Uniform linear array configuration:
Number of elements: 12
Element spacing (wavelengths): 1
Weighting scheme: exponential
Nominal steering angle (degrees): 30
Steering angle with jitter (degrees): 30.611
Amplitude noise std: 0.05
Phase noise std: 0.05

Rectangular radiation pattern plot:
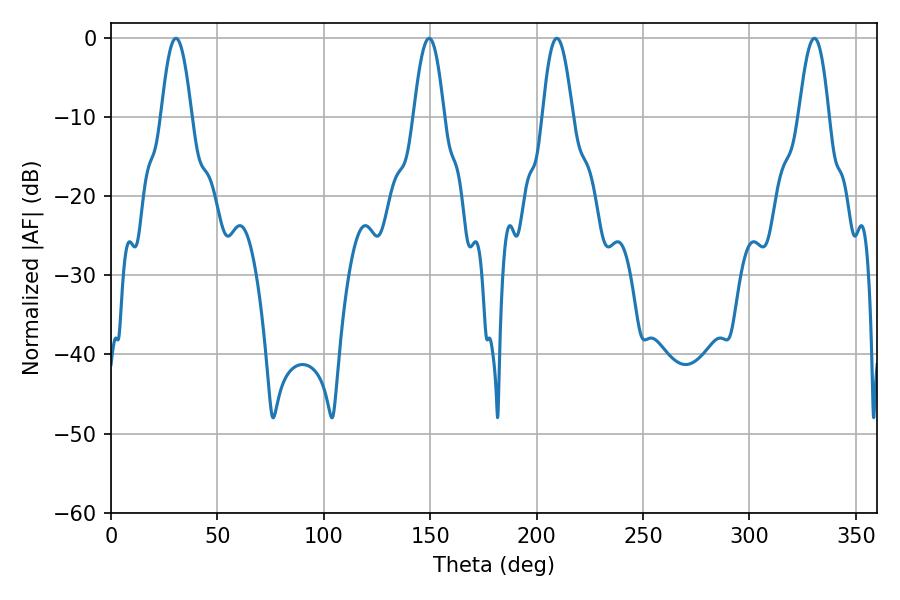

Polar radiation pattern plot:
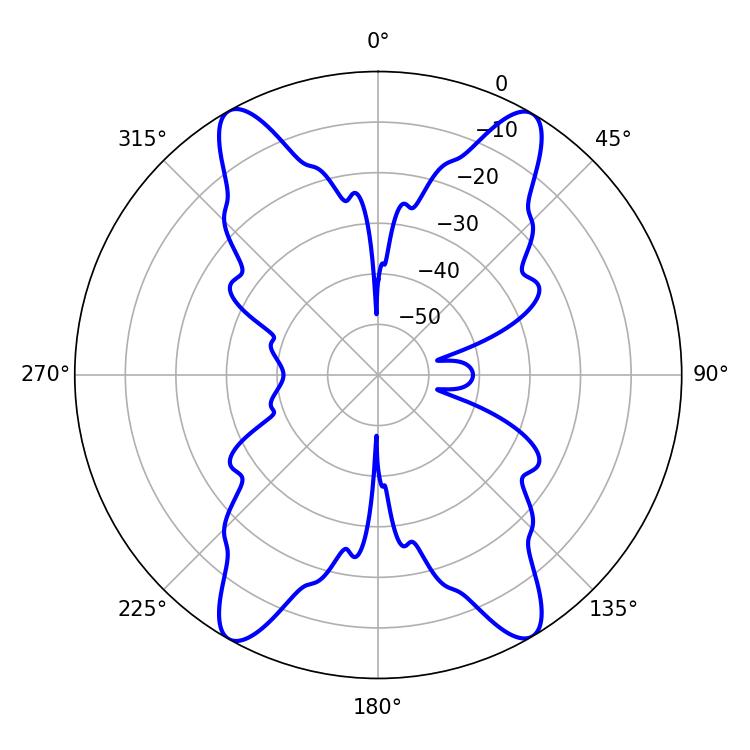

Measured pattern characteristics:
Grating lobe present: TRUE
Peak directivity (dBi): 25.4
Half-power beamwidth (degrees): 7.74
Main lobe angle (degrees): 209.52